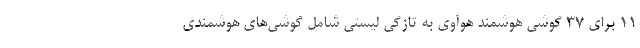
11 برای ۳۷ گوشی هوشمند هوآوی به تازگی لیستی شامل گوشی‌های هوشمندی